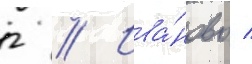
г // Ива́ново /